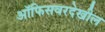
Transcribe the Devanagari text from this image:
ऑफिसवरदेखील